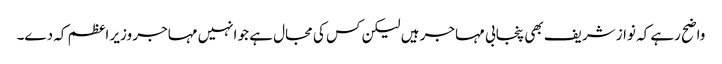
واضح رہے کہ نواز شریف بھی پنجابی مہاجر ہیں لیکن کس کی مجال ہے جو انہیں مہاجر وزیر اعظم کہ دے۔